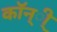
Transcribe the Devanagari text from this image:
कॉन्ी्